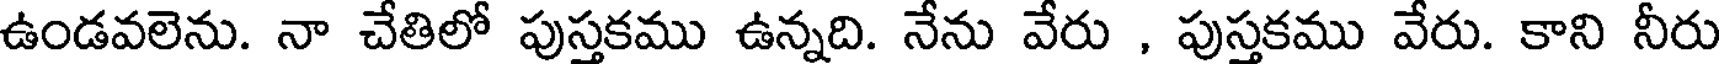
ఉండవలెను. నా చేతిలో పుస్తకము ఉన్నది. నేను వేరు , పుస్తకము వేరు. కాని నీరు